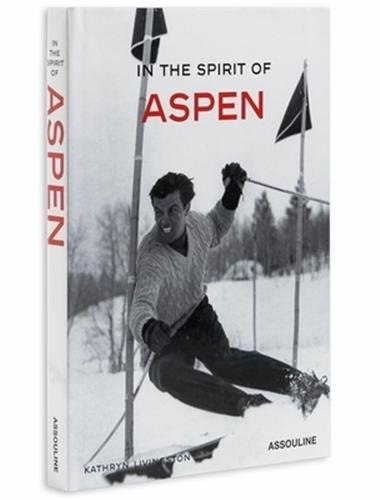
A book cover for In the Spirit of Aspen (Colorado); Kathryn Livingston; Travel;